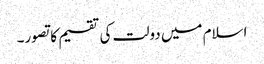
اسلام میں دولت کی تقسیم کا تصور۔